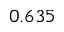
0 . 6 3 5